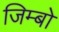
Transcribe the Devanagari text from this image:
जिम्बो